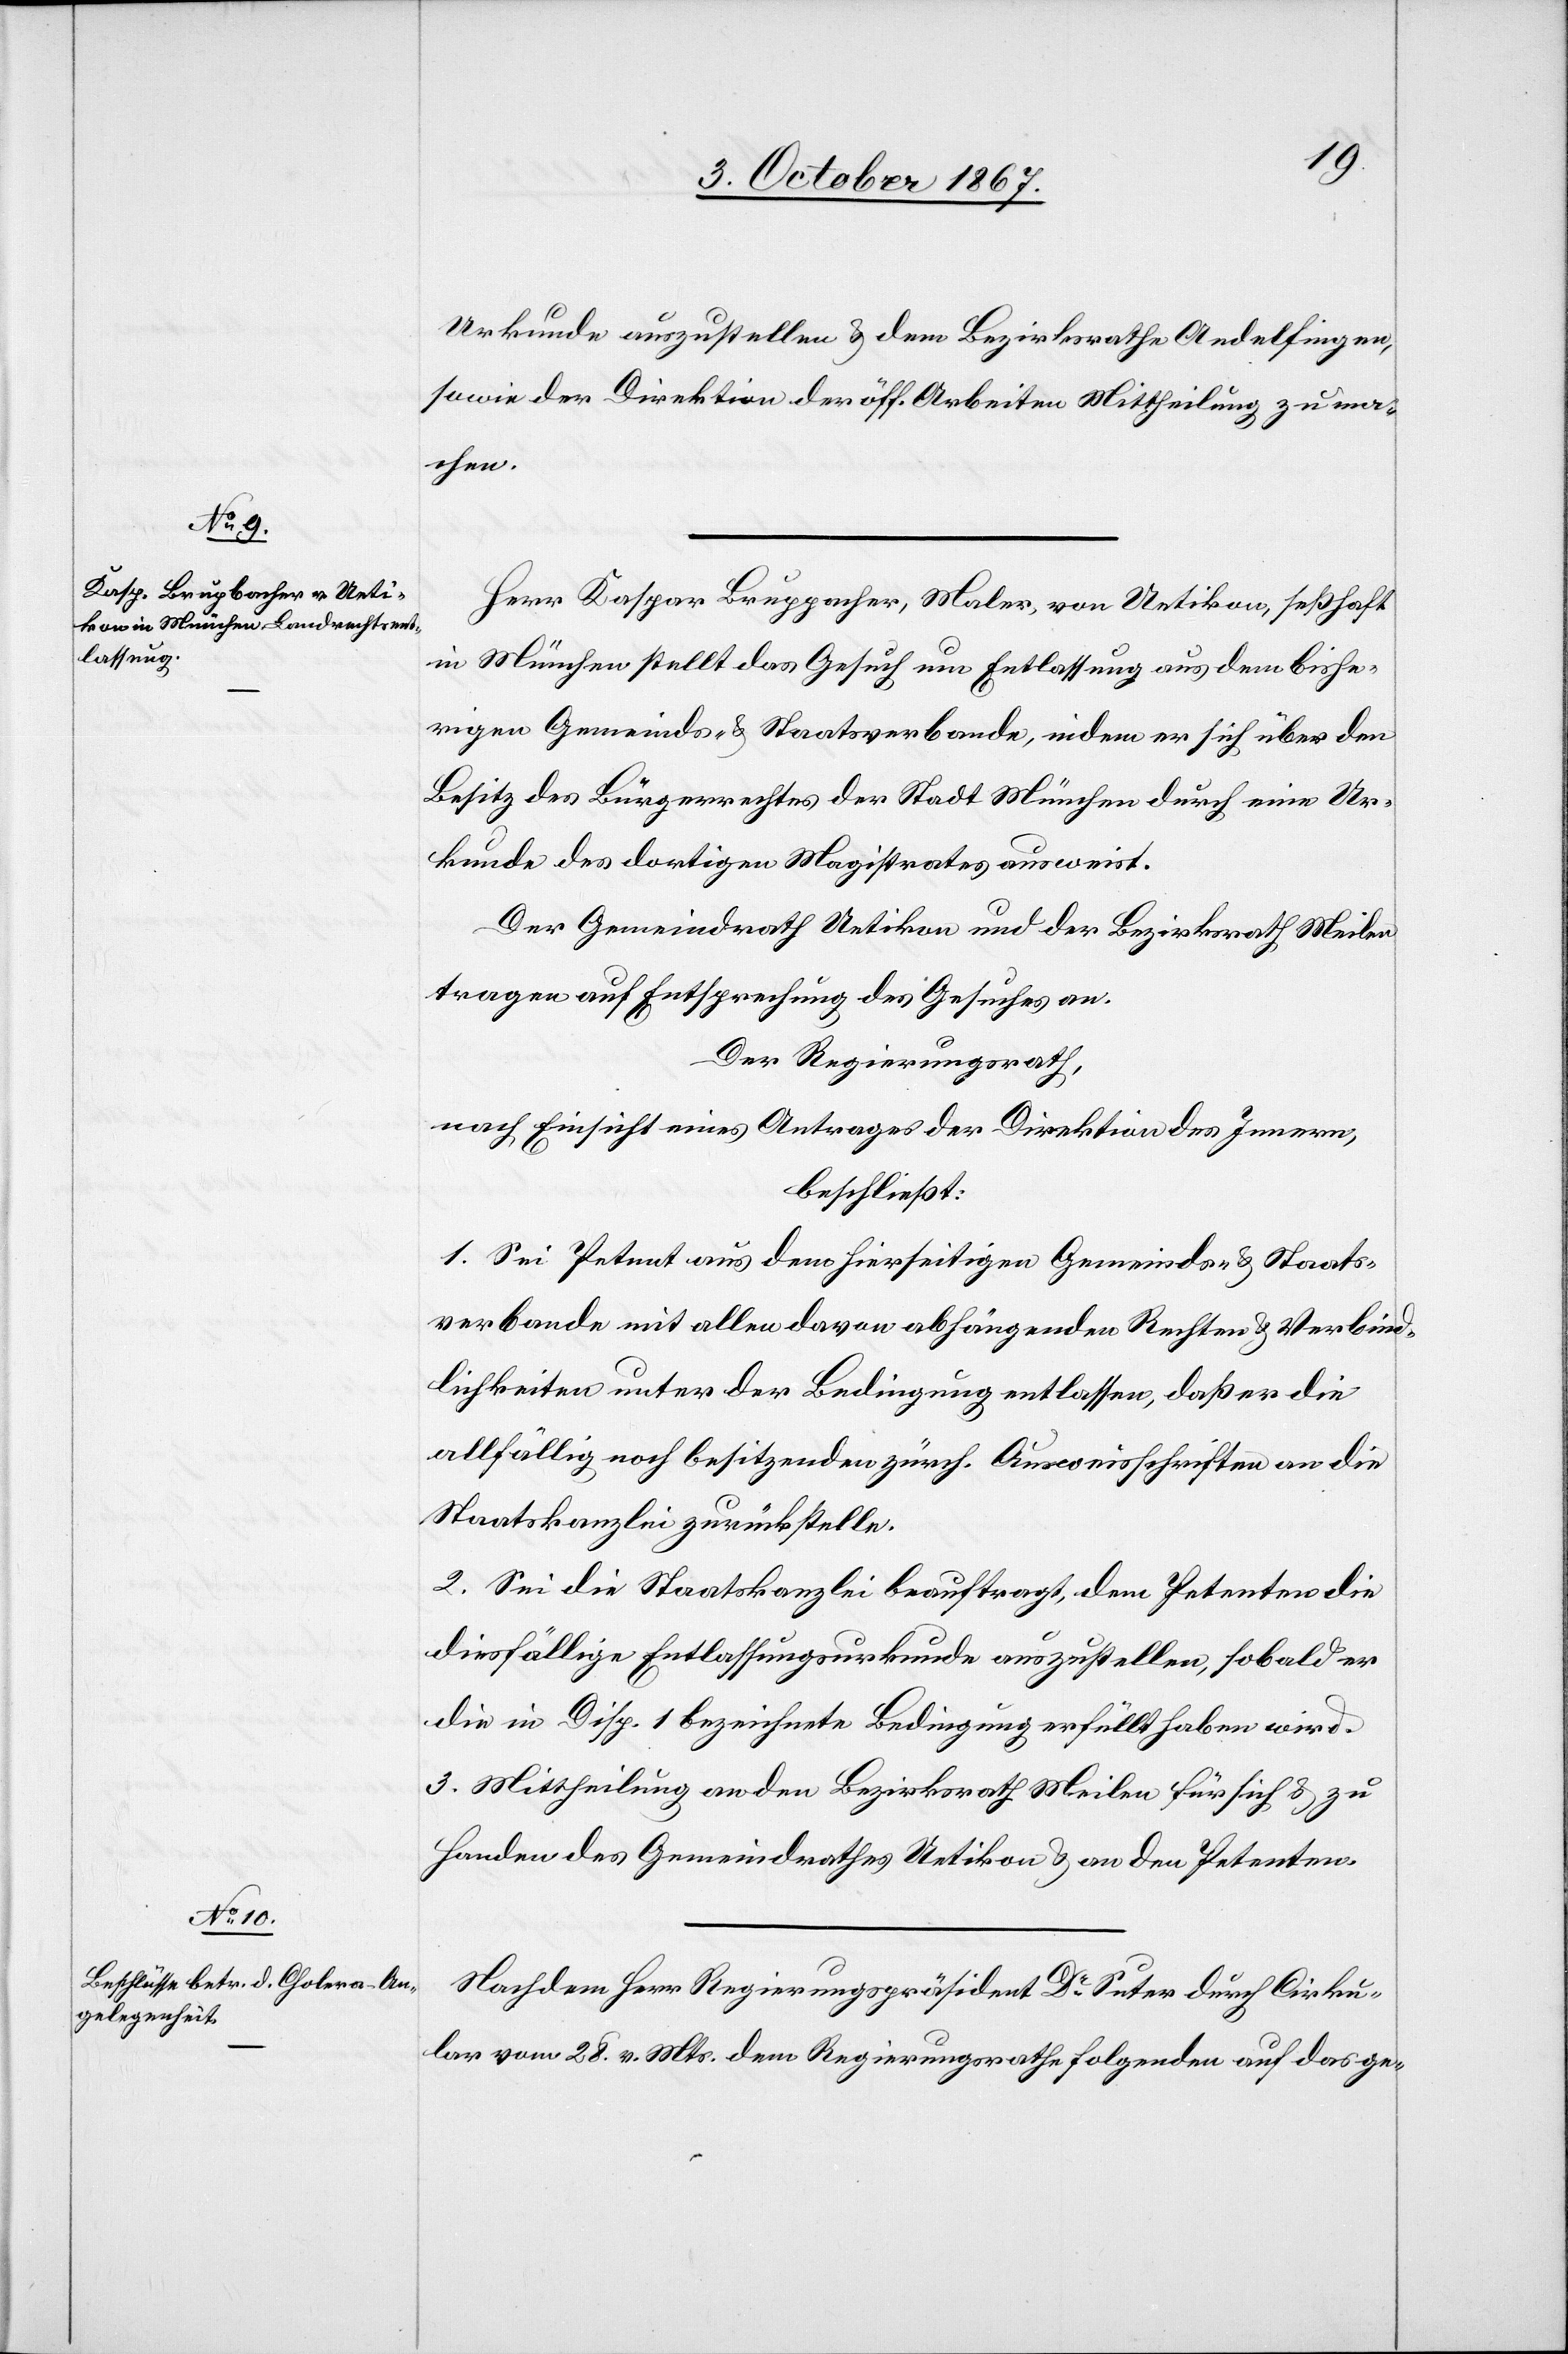
Urkunde auszustellen u. dem Bezirksrathe Andelfingen
sowie der Direktion der öff. Arbeiten Mittheilung zu ma¬
chen.
Herr Kaspar Bruppacher, Maler, von Uetikon, seßhaft
in München stellt das Gesuch um Entlassung aus dem bishe¬
rigen Gemeinds- u. Staatsverbande, indem er sich über den
Besitz des Bürgerrechtes der Stadt München durch eine Ur¬
kunde des dortigen Magistrates ausweist.
Der Gemeindrath Uetikon und der Bezirksrath Meilen
tragen auf Entsprechung des Gesuches an.
Der Regierungsrath,
nach Einsicht eines Antrages der Direktion des Innern,
beschließt:
1. Sei Petent aus dem hierseitigen Gemeinds- u. Staats¬
verbande mit allen davon abhängenden Rechten u. Verbind¬
lichkeiten unter der Bedingung entlassen, daß er die
allfällig noch besitzenden zürch. Ausweisschriften an die
Staatskanzlei zurückstelle.
2. Sei die Staatskanzlei beauftragt, dem Petenten die
diesfällige Entlassungsurkunde auszustellen, sobald er
die in Disp. 1 bezeichnete Bedingung erfüllt haben wird.
3. Mittheilung an den Bezirksrath Meilen für sich u. zu
Handen des Gemeindrathes Uetikon u. an den Petenten.
Nachdem Herr Regierungspräsident Dr. Suter durch Cirku¬
lar vom 28. v. Mts. dem Regierungsrathe folgenden auf das ge-